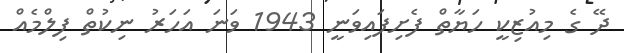
ދޭ ގެ މިއުޒިކީ ހަޔާތް ފެށިފައިވަނީ 1943 ވަނަ އަހަރު ނިކުތް ފިލްމެއް